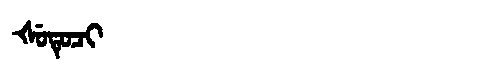
Manchu: ᡧᡠᡨᡠᠴᡳ
Romanization: ŠUTUCI